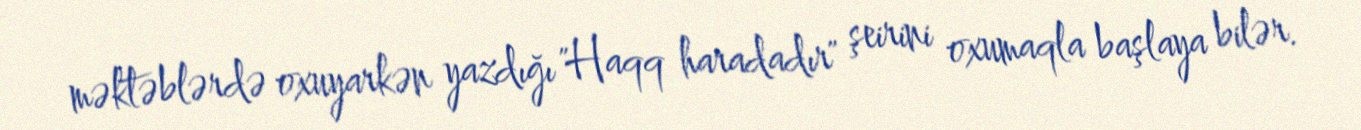
məktəblərdə oxuyarkən yazdığı "Haqq haradadır" şeirini oxumaqla başlaya bilər.